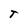
Character: T